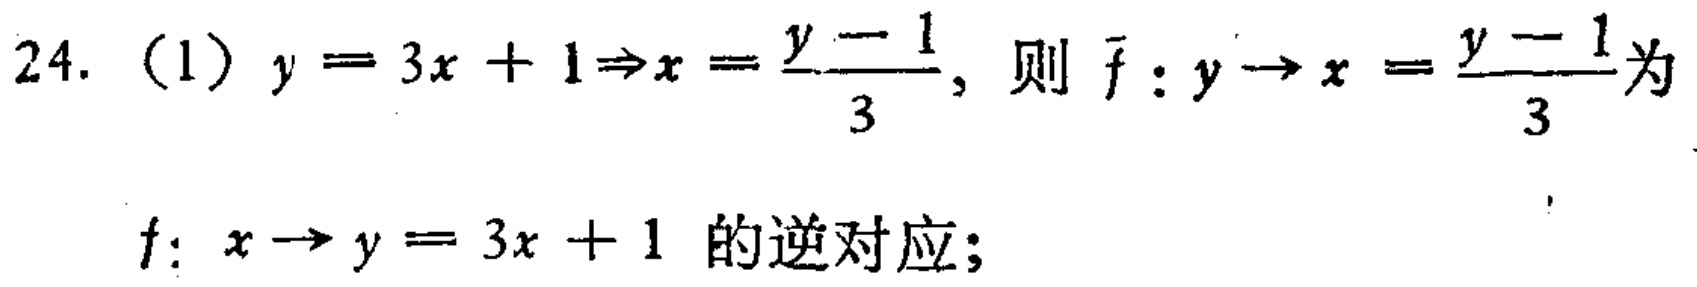
24. （1）$y = 3x + 1\Rightarrow x = \frac{y - 1}{3}$, 则 $\bar{f}: y\rightarrow x = \frac{y - 1}{3}$为

$f: x\rightarrow y = 3x + 1$ 的逆对应;